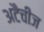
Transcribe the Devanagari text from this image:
अटैचीज